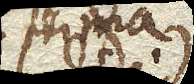
prima